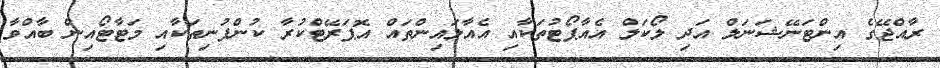
ރާއްޖޭގެ އިންޓަނޭޝަނަލް އަދި ލޯކަލް އެއާޕޯޓުތަކާއި އެއާލައިންތައް އޮޕަރޭޓްކުރާ ކުންފުނިތަކާއި މަޓާޓޯއިން ބާއްވާ